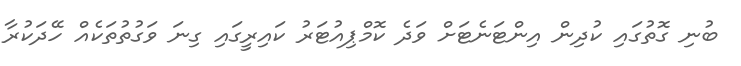
ބުނި ގޮތުގައި ކުދިން އިންޓަނެޓަށް ވަދެ ކޮމްޕިއުޓަރު ކައިރީގައި ގިނަ ވަގުތުތަކެއް ހޭދަކުރާ